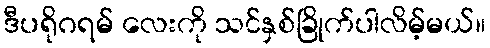
ဒီပရိုဂရမ် လေးကို သင်နှစ်ခြိုက်ပါလိမ့်မယ်။